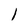
Character: l